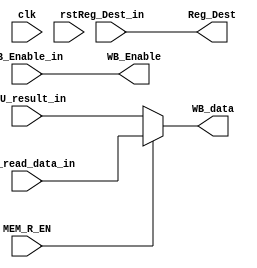
module WB_Stage(
    input clk, rst, MEM_R_EN, WB_Enable_in,
    input [3 : 0] Reg_Dest_in,
    input [31 : 0] ALU_result_in, mem_read_data_in,
    output WB_Enable,
    output [3 : 0] Reg_Dest,
    output [31 : 0]WB_data
);
    
    assign Reg_Dest = Reg_Dest_in;
    assign WB_Enable = WB_Enable_in;
    assign WB_data = (MEM_R_EN)? mem_read_data_in : ALU_result_in;

endmodule